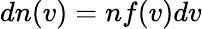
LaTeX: dn(v)=nf(v)dv